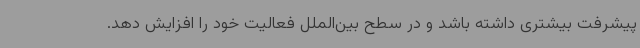
پیشرفت بیشتری داشته باشد و در سطح بین‌الملل فعالیت خود را افزایش دهد.